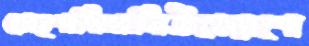
মেহগনিঢালিউডেরশে